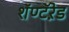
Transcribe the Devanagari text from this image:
शॅण्टॅऱेड